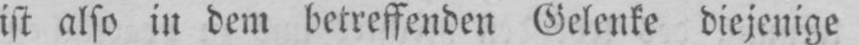
ist also in dem betreffenden Gelenke diejenige